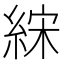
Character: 𰫧